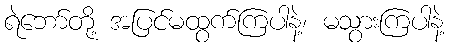
ရဲဘော်တို့ အပြင်မထွက်ကြပါနဲ့၊ မသွားကြပါနဲ့